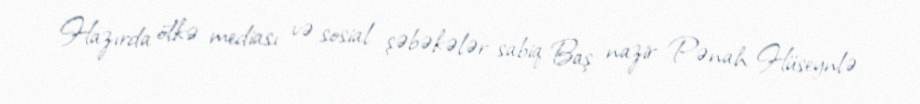
Hazırda ölkə mediası və sosial şəbəkələr sabiq Baş nazir Pənah Hüseynlə